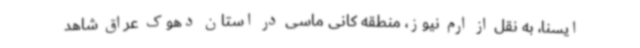
ایسنا، به نقل از ارم نیوز، منطقه کانی ماسی در استان دهوک عراق شاهد